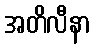
အတိလီနာ